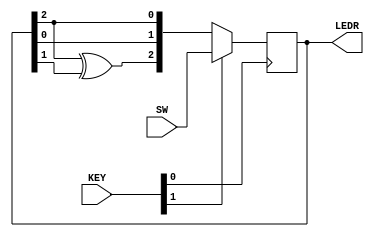
//2022_11_1 kerong
//3-bit LFSR
module top_module (
	input [2:0] SW,      // R
	input [1:0] KEY,     // L and clk
	output reg[2:0] LEDR);  // Q

always @(posedge KEY[0])begin
    if(KEY[1])begin
        LEDR <= SW;
    end
    else begin
        LEDR <= {LEDR[2] ^ LEDR[1],LEDR[0],LEDR[2]};
    end
end

endmodule